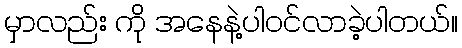
မှာလည်း ကို အနေနဲ့ပါဝင်လာခဲ့ပါတယ်။